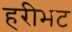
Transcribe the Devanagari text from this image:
हरीभट